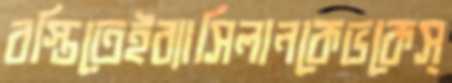
বস্তিতেইব্যাসিলানকেভকেস্